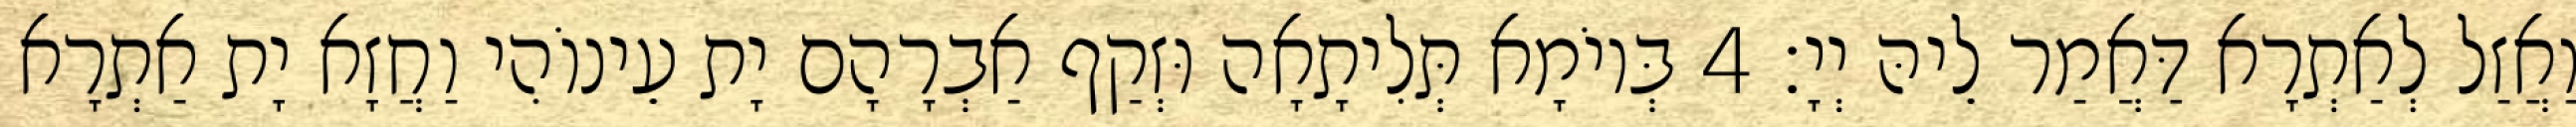
וַאֲזַל לְאַתְרָא דַּאֲמַר לֵיהּ יְיָ׃ 4 בְּיוֹמָא תְּלִיתָאָה וּזְקַף אַבְרָהָם יָת עֵינוֹהִי וַחֲזָא יָת אַתְרָא